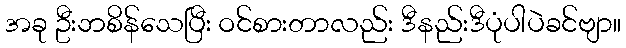
အခု ဦးဘစိန်သေပြီး ဝင်စားတာလည်း ဒီနည်းဒီပုံပါပဲခင်ဗျာ။